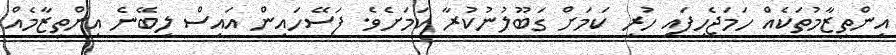
އިންތިޒާމުތަކެއް ހަމަޖެހިފައި ހުރި ކަމަށް ގަބޫލުނުކުރާ ކަމަށެވެެ. ފަސޭހައިން އައިސް ލިބޭނެ އިންތިޒާމެއް